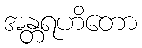
အန္တရဟိတော